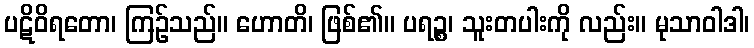
ပဋိဝိရတော၊ ကြဉ်သည်။ ဟောတိ၊ ဖြစ်၏။ ပရဉ္စ၊ သူးတပါးကို လည်း။ မုသာဝါဒါ၊